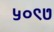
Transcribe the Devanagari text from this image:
५०९७